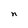
Character: n